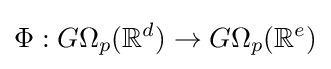
\Phi :G\Omega _{p}(\mathbb {R} ^{d})\to G\Omega _{p}(\mathbb {R} ^{e})